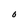
Character: 0